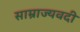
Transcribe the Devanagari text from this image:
साम्राज्यवदी